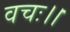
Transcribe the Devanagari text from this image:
वचः।।